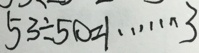
5 3 \div 5 0 = 1 \cdots 3